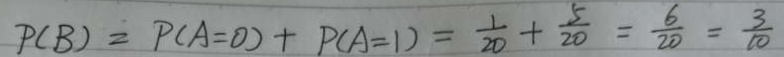
P ( B ) = P ( A = 0 ) + P ( A = 1 ) = \frac { 1 } { 2 0 } + \frac { 5 } { 2 0 } = \frac { 6 } { 2 0 } = \frac { 3 } { 1 0 }